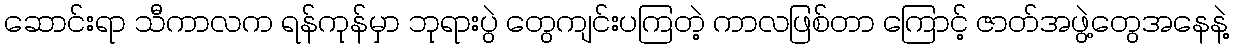
ဆောင်းရာ သီကာလက ရန်ကုန်မှာ ဘုရားပွဲ တွေကျင်းပကြတဲ့ ကာလဖြစ်တာ ကြောင့် ဇာတ်အဖွဲ့တွေအနေနဲ့